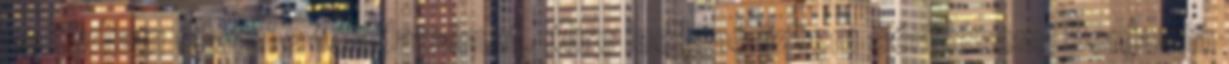
ne tudjam ellátni a feladataimat. Mire leellenőriztem sérülésem, Benjamin